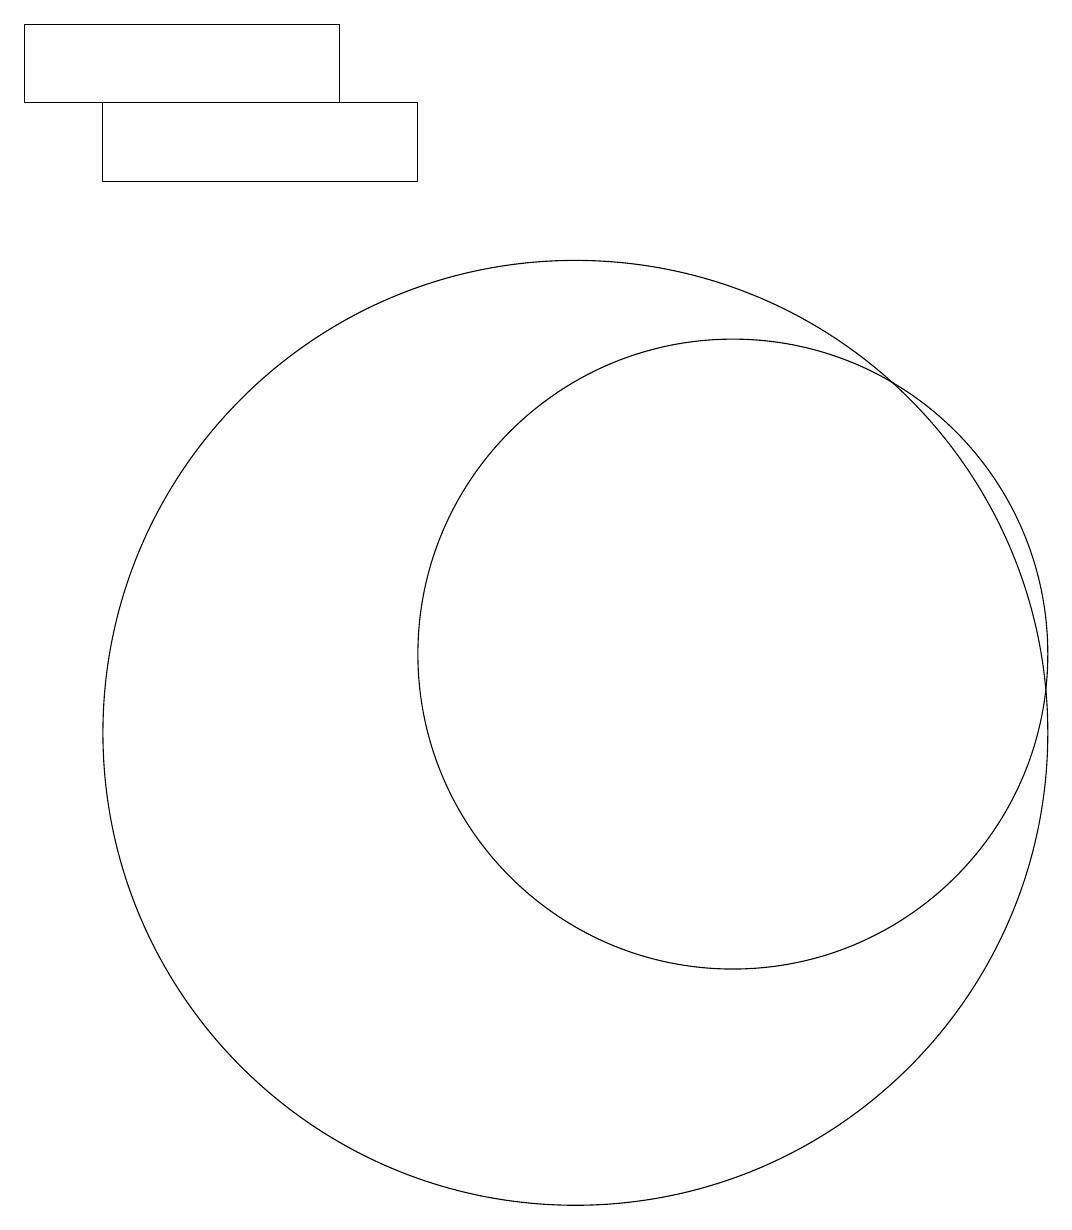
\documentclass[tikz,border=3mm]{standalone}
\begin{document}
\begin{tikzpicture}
\draw (10,10) circle (6);
\draw (4,18) rectangle (8,17);
\draw (3,19) rectangle (7,18);
\draw (12,11) circle (4);
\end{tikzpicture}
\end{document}